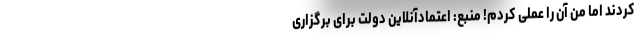
کردند اما من آن را عملی کردم! منبع: اعتمادآنلاین دولت برای برگزاری